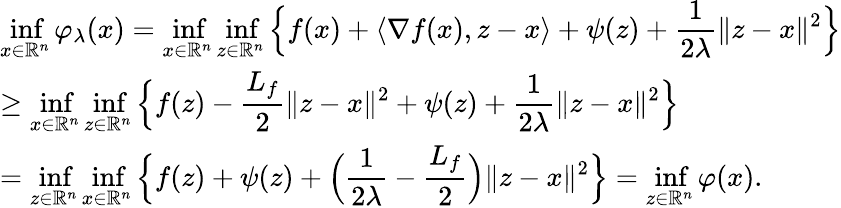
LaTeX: \begin{array}{ll}{\displaystyle\operatorname*{inf}_{x\in\mathbb{R}^{n}}\varphi_{\lambda}(x)=\displaystyle\operatorname*{inf}_{x\in\mathbb{R}^{n}}\displaystyle\operatorname*{inf}_{z\in\mathbb{R}^{n}}\Big\{ f(x)+\langle\nabla f(x),z-x\rangle+\psi(z)+\displaystyle\frac{1}{2\lambda}\| z-x\| ^{2}\Big\} }\\ {\geq\displaystyle\operatorname*{inf}_{x\in\mathbb{R}^{n}}\displaystyle\operatorname*{inf}_{z\in\mathbb{R}^{n}}\Big\{ f(z)-\frac{L_{f}}{2}\| z-x\| ^{2}+\psi(z)+\displaystyle\frac{1}{2\lambda}\| z-x\| ^{2}\Big\} }\\ {=\displaystyle\operatorname*{inf}_{z\in\mathbb{R}^{n}}\displaystyle\operatorname*{inf}_{x\in\mathbb{R}^{n}}\Big\{ f(z)+\psi(z)+\Big(\frac{1}{2\lambda}-\displaystyle\frac{L_{f}}{2}\Big)\| z-x\| ^{2}\Big\} =\displaystyle\operatorname*{inf}_{z\in\mathbb{R}^{n}}\varphi(x).}\end{array}